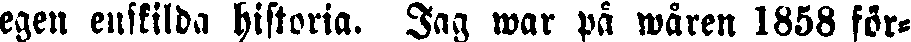
egen enskilda historia. Jag war på wåren 1858 för-